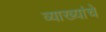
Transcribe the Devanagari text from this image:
व्याख्यांचे